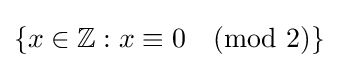
\{x\in \mathbb {Z} :x\equiv 0{\pmod {2}}\}